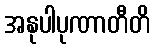
အနုပါပုဏာတီတိ